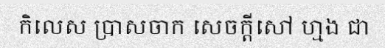
កិលេស ប្រាសចាក សេចក្តីសៅ ហ្មង ជា